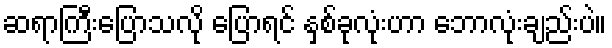
ဆရာကြီးပြောသလို ပြောရင် နှစ်ခုလုံးဟာ ဘောလုံးချည်းပဲ။